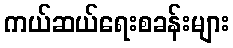
ကယ်ဆယ်ရေးစခန်းများ